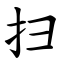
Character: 扫